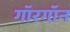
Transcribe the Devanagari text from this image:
गॉरगॉन